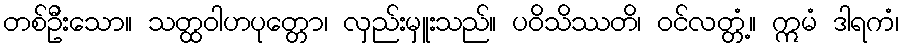
တစ်ဦးသော။ သတ္ထဝါဟပုတ္တော၊ လှည်းမှူးသည်။ ပဝိသိဿတိ၊ ဝင်လတ္တံ့။ ဣမံ ဒါရကံ၊